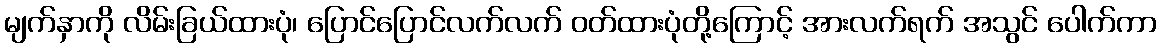
မျက်နှာကို လိမ်းခြယ်ထားပုံ၊ ပြောင်ပြောင်လက်လက် ဝတ်ထားပုံတို့ကြောင့် အားလက်ရက် အသွင် ပေါက်ကာ